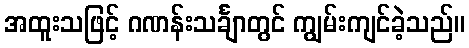
အထူးသဖြင့် ဂဏန်းသင်္ချာတွင် ကျွမ်းကျင်ခဲ့သည်။